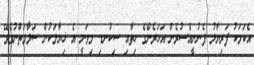
އެކަމަކު ފަރިޔާލު ފެނުނީއްސުރެން އަހަރެންގެ ހިތާއި ސިކުނޑި މިވަނީ އެ ޚިޔާލަކުން ސަލާމަތްނުވެވޭ